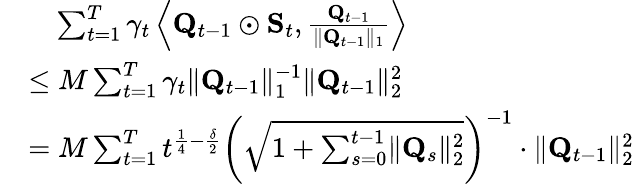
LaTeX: \begin{array}{rl}&{\quad\sum_{t=1}^{T}\gamma_{t}\left\langle\mathbf Q_{t-1}\odot\mathbf S_{t},\frac{\mathbf Q_{t-1}}{\lVert\mathbf Q_{t-1}\rVert_{1}}\right\rangle}\\ &{\le M\sum_{t=1}^{T}\gamma_{t}\lVert\mathbf Q_{t-1}\rVert_{1}^{-1}\lVert\mathbf Q_{t-1}\rVert_{2}^{2}}\\ &{=M\sum_{t=1}^{T}t^{\frac 14-\frac\delta 2}\left(\sqrt{1+\sum_{s=0}^{t-1}\lVert\mathbf Q_{s}\rVert_{2}^{2}}\right)^{-1}\cdot\lVert\mathbf Q_{t-1}\rVert_{2}^{2}}\end{array}